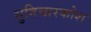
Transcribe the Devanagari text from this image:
सुविचारकोश